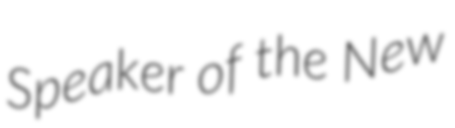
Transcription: Speaker of the New